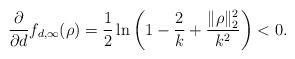
LaTeX: \begin{align*}\frac{\partial}{\partial d}f_{d,\infty}(\rho)=\frac{1}{2}\ln \left(1-\frac{2}{k}+\frac{\|\rho\|_2^2}{k^2}\right)<0.\end{align*}